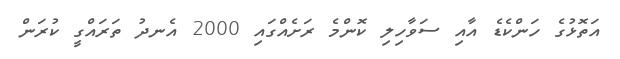
އަތޮޅުގެ ހަންކެޑެ އާއި ސަވާހިލި ކޮންމެ ރަށެއްގައި 2000 އެނދު ތަރައްގީ ކުރަން